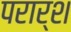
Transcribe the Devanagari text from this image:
परार्श